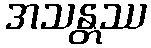
အသန္တဿ